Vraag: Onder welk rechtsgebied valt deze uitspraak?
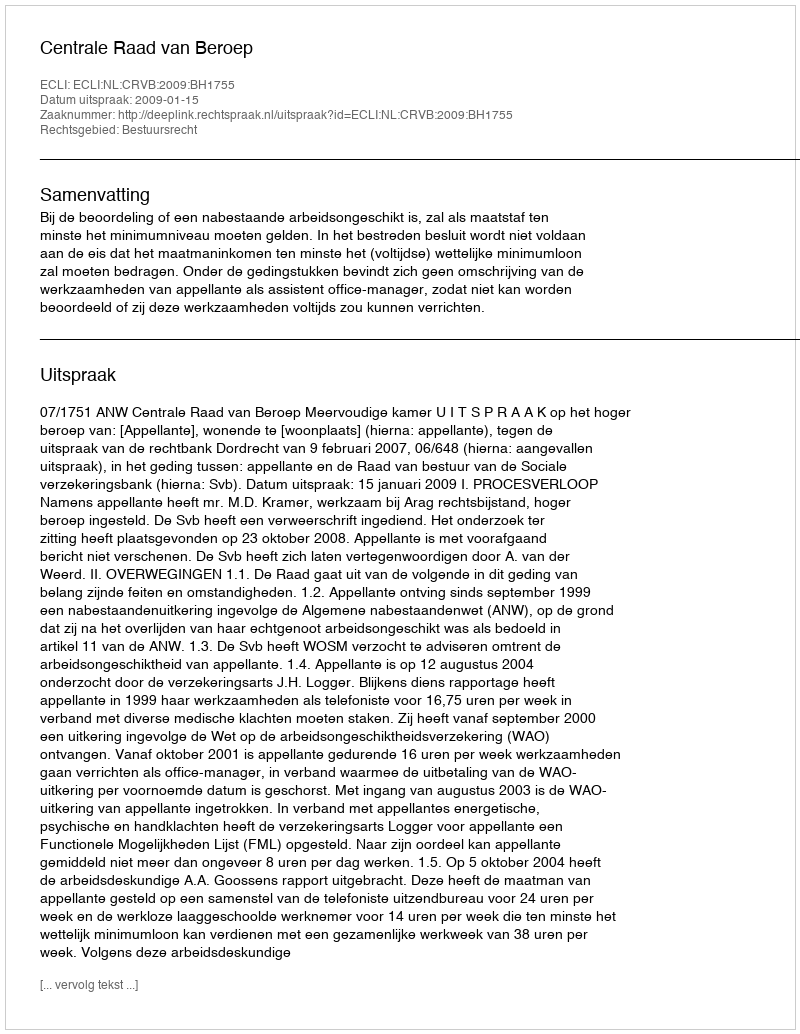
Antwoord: Bestuursrecht